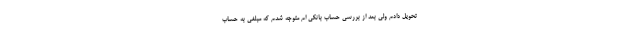
تحویل دادم ولی بعد از بررسی حساب بانکی ام متوجه شدم که مبلغی به حساب